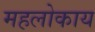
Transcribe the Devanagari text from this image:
महलोकाय